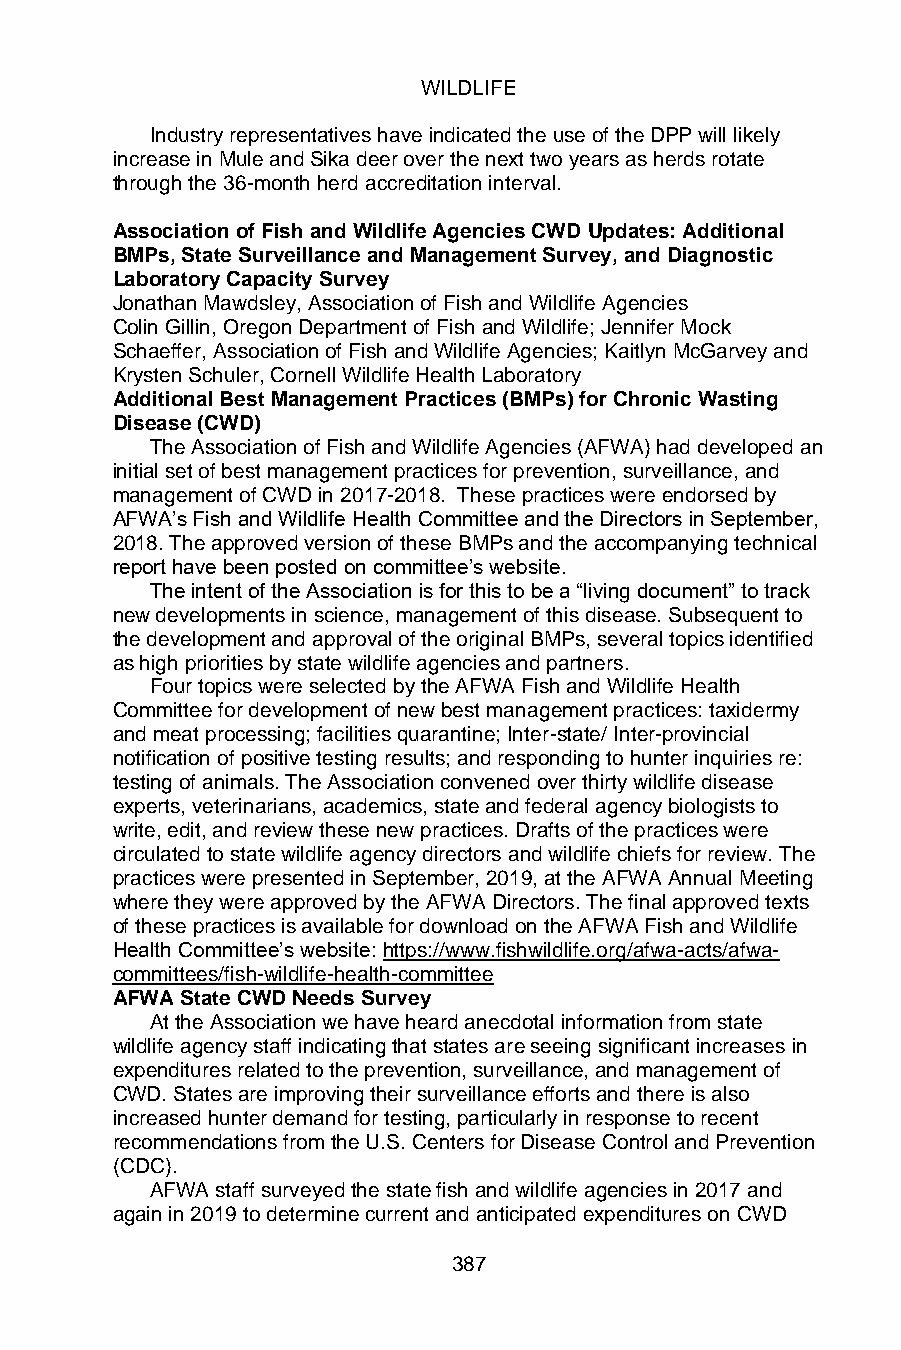
WILDLIFE
 Industry representatives have indicated the use of the DPP will likely
 increase in Mule and Sika deer over the next two years as herds rotate
 through the 36-month herd accreditation interval.
 Association of Fish and Wildlife Agencies CWD Updates: Additional
 BMPs, State Surveillance and Management Survey, and Diagnostic
 Laboratory Capacity Survey
 Jonathan Mawdsley, Association of Fish and Wildlife Agencies
 Colin Gillin, Oregon Department of Fish and Wildlife; Jennifer Mock
 Schaeffer, Association of Fish and Wildlife Agencies; Kaitlyn McGarvey and
 Krysten Schuler, Cornell Wildlife Health Laboratory
 Additional Best Management Practices (BMPs) for Chronic Wasting
 Disease (CWD)
 The Association of Fish and Wildlife Agencies (AFWA) had developed an
 initial set of best management practices for prevention, surveillance, and
 management of CWD in 2017-2018. These practices were endorsed by
 AFWA’s Fish and Wildlife Health Committee and the Directors in September,
 2018. The approved version of these BMPs and the accompanying technical
 report have been posted on committee’s website.
 The intent of the Association is for this to be a “living document” to track
 new developments in science, management of this disease. Subsequent to
 the development and approval of the original BMPs, several topics identified
 as high priorities by state wildlife agencies and partners.
 Four topics were selected by the AFWA Fish and Wildlife Health
 Committee for development of new best management practices: taxidermy
 and meat processing; facilities quarantine; Inter-state/ Inter-provincial
 notification of positive testing results; and responding to hunter inquiries re:
 testing of animals. The Association convened over thirty wildlife disease
 experts, veterinarians, academics, state and federal agency biologists to
 write, edit, and review these new practices. Drafts of the practices were
 circulated to state wildlife agency directors and wildlife chiefs for review. The
 practices were presented in September, 2019, at the AFWA Annual Meeting
 where they were approved by the AFWA Directors. The final approved texts
 of these practices is available for download on the AFWA Fish and Wildlife
 Health Committee’s website: https://www.fishwildlife.org/afwa-acts/afwa-
 committees/fish-wildlife-health-committee
 AFWA State CWD Needs Survey
 At the Association we have heard anecdotal information from state
 wildlife agency staff indicating that states are seeing significant increases in
 expenditures related to the prevention, surveillance, and management of
 CWD. States are improving their surveillance efforts and there is also
 increased hunter demand for testing, particularly in response to recent
 recommendations from the U.S. Centers for Disease Control and Prevention
 (CDC).
 AFWA staff surveyed the state fish and wildlife agencies in 2017 and
 again in 2019 to determine current and anticipated expenditures on CWD
 387